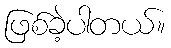
ဖြစ်ခဲ့ပါတယ်။